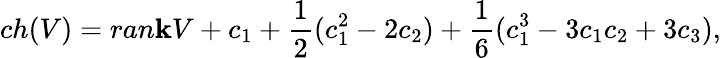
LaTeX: ch(V)=ran\mathbf{k}V+c_{1}+\frac{{1}}{{2}}(c_{1}^{2}-2c_{2})+\frac{{1}}{{6}}(c_{1}^{3}-3c_{1}c_{2}+3c_{3}),